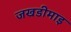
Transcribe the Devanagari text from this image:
जखडीमाइ